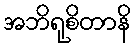
အဘိရုစိတာနိ